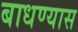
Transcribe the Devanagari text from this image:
बाधण्यास